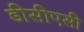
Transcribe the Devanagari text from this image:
डीसीएसी